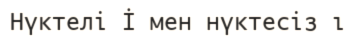
Нүктелі İ мен нүктесіз ı